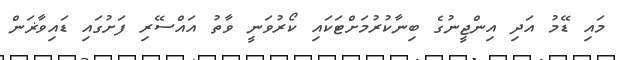
މައި ޑޭމު އަދި އިންޖީނުގެ ބިނާކުރުމަށްޓަކައި ކޯރުވަނީ ވާތު އައްސޭރި ފަށުގައި ޑައިވާޜަން